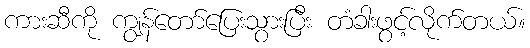
ကားဆီကို ကျွန်တော်ပြေးသွားပြီး တံခါးဖွင့်လိုက်တယ်။